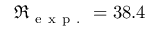
\Re _ { \mathrm { ~ e ~ x ~ p ~ . ~ } } = 3 8 . 4